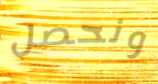
ونحصل